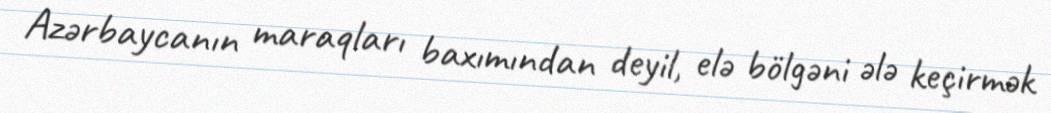
Azərbaycanın maraqları baxımından deyil, elə bölgəni ələ keçirmək